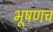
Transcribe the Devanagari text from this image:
भूषणच